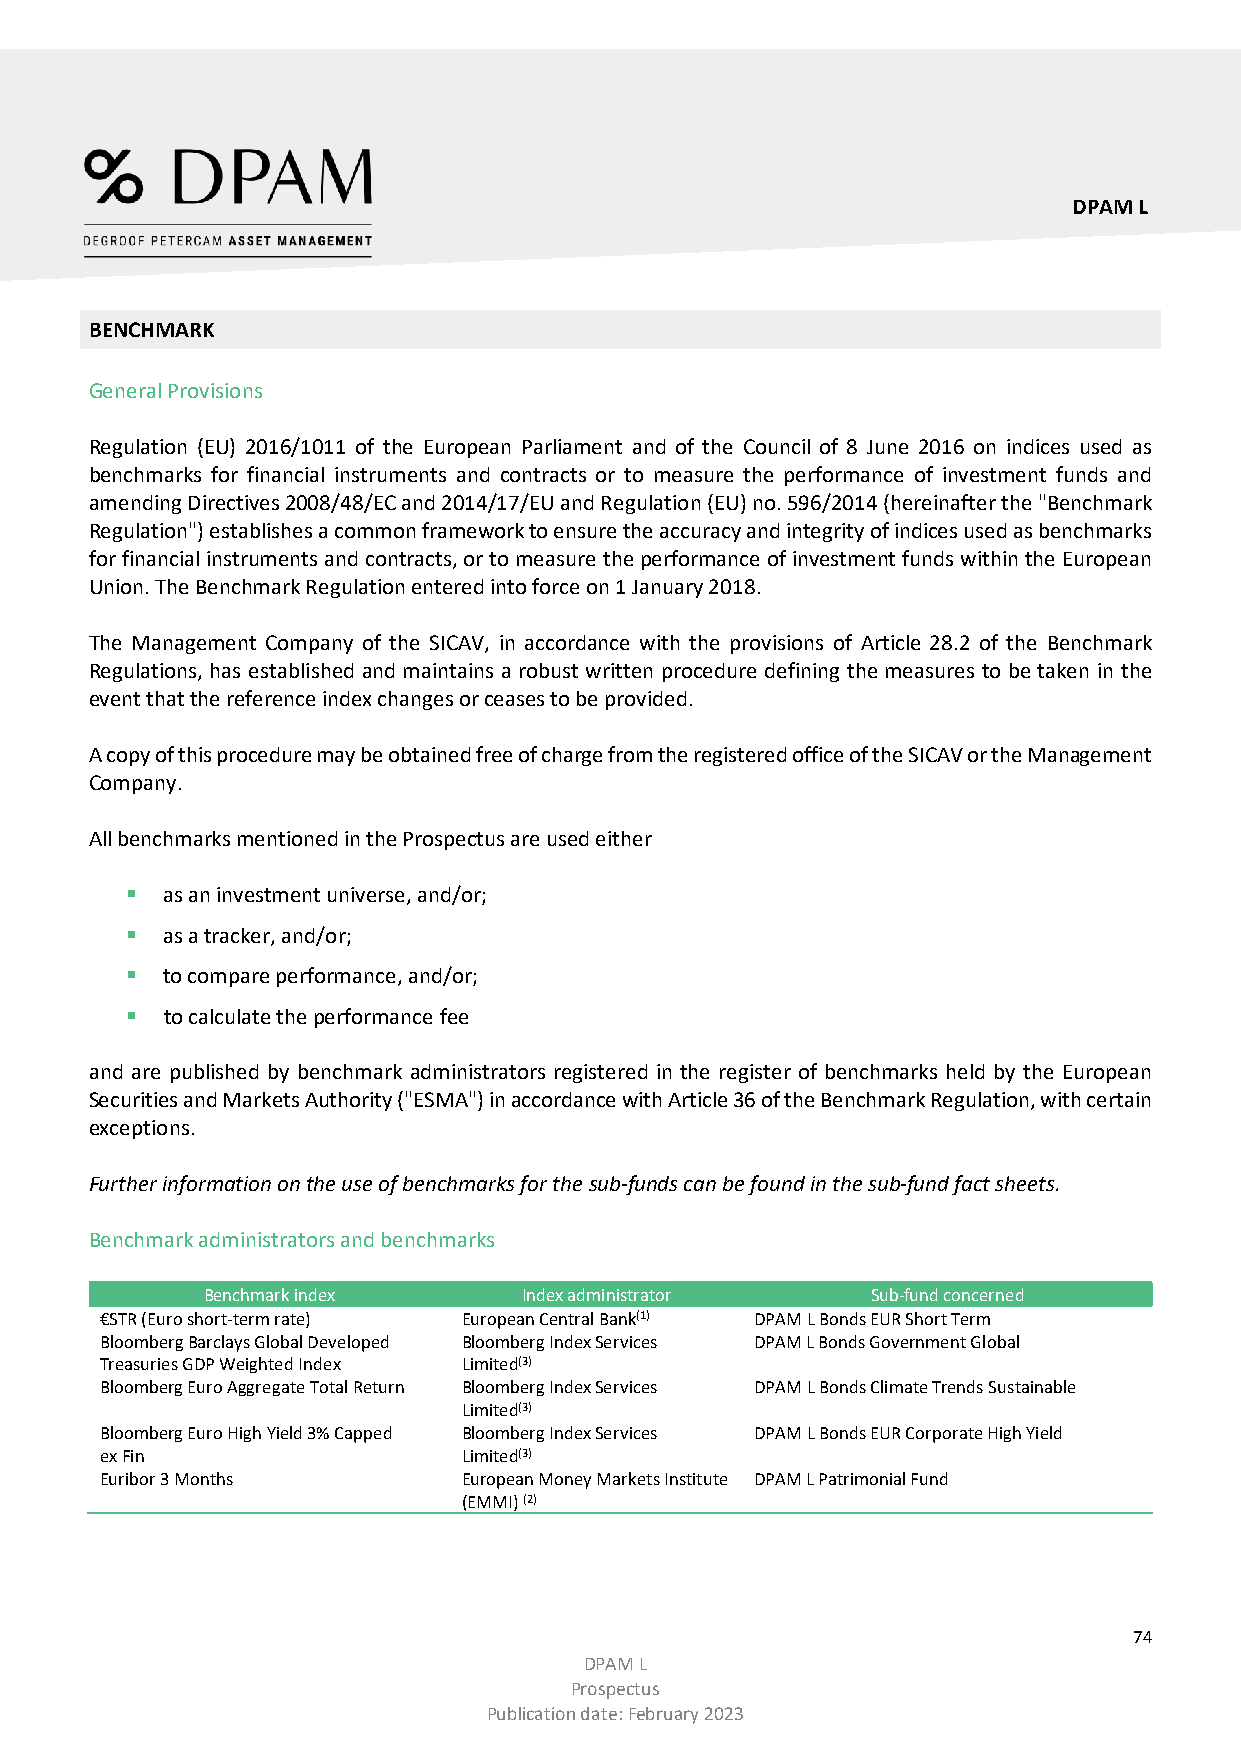
DPAM L
 BENCHMARK
 General Provisions
 Regulation (EU) 2016/1011 of the European Parliament and of the Council of 8 June 2016 on indices used as
 benchmarks for financial instruments and contracts or to measure the performance of investment funds and
 amending Directives 2008/48/EC and 2014/17/EU and Regulation (EU) no. 596/2014 (hereinafter the "Benchmark
 Regulation") establishes a common framework to ensure the accuracy and integrity of indices used as benchmarks
 for financial instruments and contracts, or to measure the performance of investment funds within the European
 Union. The Benchmark Regulation entered into force on 1 January 2018.
 The Management Company of the SICAV, in accordance with the provisions of Article 28.2 of the Benchmark
 Regulations, has established and maintains a robust written procedure defining the measures to be taken in the
 event that the reference index changes or ceases to be provided.
 A copy of this procedure may be obtained free of charge from the registered office of the SICAV or the Management
 Company.
 All benchmarks mentioned in the Prospectus are used either
   as an investment universe, and/or;
   as a tracker, and/or;
   to compare performance, and/or;
   to calculate the performance fee
 and are published by benchmark administrators registered in the register of benchmarks held by the European
 Securities and Markets Authority ("ESMA") in accordance with Article 36 of the Benchmark Regulation, with certain
 exceptions.
 Further information on the use of benchmarks for the sub-funds can be found in the sub-fund fact sheets.
 Benchmark administrators and benchmarks
 Benchmark index       Index administrator    Sub-fund concerned
 €STR (Euro short-term rate) European Central Bank(1) DPAM L Bonds EUR Short Term
 Bloomberg Barclays Global Developed Bloomberg Index Services DPAM L Bonds Government Global
 Treasuries GDP Weighted Index Limited(3)
 Bloomberg Euro Aggregate Total Return Bloomberg Index Services DPAM L Bonds Climate Trends Sustainable
 Limited(3)
 Bloomberg Euro High Yield 3% Capped Bloomberg Index Services DPAM L Bonds EUR Corporate High Yield
 ex Fin                  Limited(3)
 Euribor 3 Months        European Money Markets Institute DPAM L Patrimonial Fund
 (EMMI) (2)
 74
 DPAM L
 Prospectus
 Publication date: February 2023